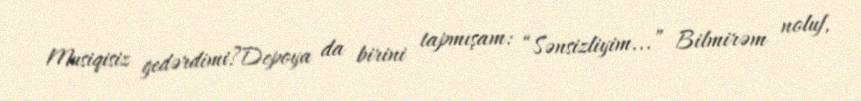
Musiqisiz gedərdimi?Depoya da birini tapmışam: “Sənsizliyim...” Bilmirəm noluf,